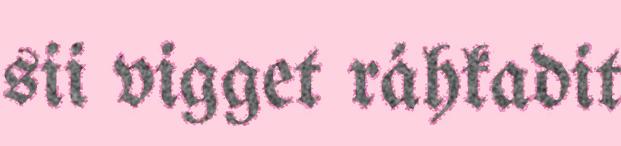
sii vigget ráhkadit